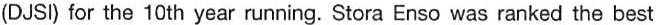
(DJSI) for the 10th year running. Stora Enso was ranked the best